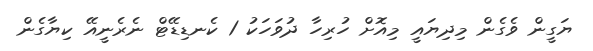
ޔަގީން ވެގެން މިދިޔައީ މިއޮށް ހުރިހާ ދުވަހަކު 1 ކެނޑިޑޭޓް ނެރެނީއޭ ކިޔާގެން